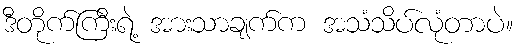
ဒီတိုက်ကြီးရဲ့ အားသာချက်က အသံသိပ်လုံတာပဲ။